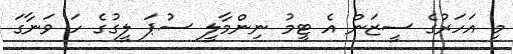
މި އަހަރުގެ ސީޒަން އެ ޓީމު ނިންމާލީ ސުޕަ ލީގުގެ ހަ ވަނާގަ